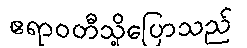
ဧရာဝတီသို့ပြောသည်